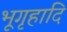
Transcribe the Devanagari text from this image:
भूगृहादि